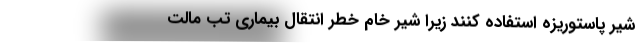
شیر پاستوریزه استفاده کنند زیرا شیر خام خطر انتقال بیماری تب مالت